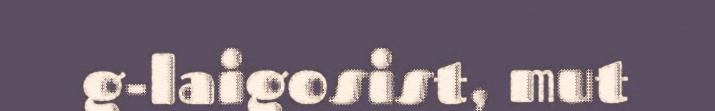
g-laigosist, mut